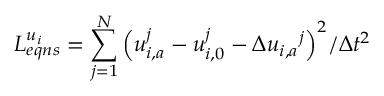
L _ { e q n s } ^ { { { u } _ { i } } } = \sum _ { j = 1 } ^ { N } { { { \left( { u } _ { i , a } ^ { j } - u _ { i , 0 } ^ { j } - \Delta { { u } _ { i , a } } ^ { j } \right) } ^ { 2 } } / \Delta { { t } ^ { 2 } } }